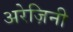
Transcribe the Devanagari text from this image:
अरेज़िनी